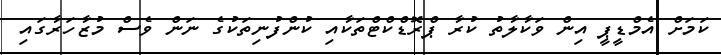
ކަމަށް އެމްޑީޕީ އިން ވަކާލާތު ކުރާ ޕްރޮޑްކްޓްތަކާއި ކުންފުނިތަކުގެ ނަން ވެސް މުޒާހަރާގައި